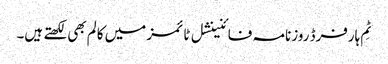
ٹِم ہارفرڈ روزنامہ فائنینشل ٹائمز میں کالم بھی لکھتے ہیں۔